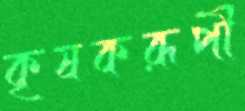
কৃষকরূপী